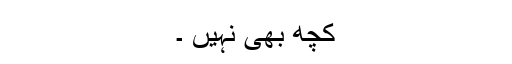
کچھ بھی نہیں ۔